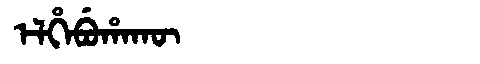
Manchu: ᡝᠯᡥᡝᠪᡠᡥᠠᡴᡡ
Romanization: ELHEBUHAKŪ